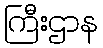
ကြီးဌာန